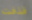
قذفت